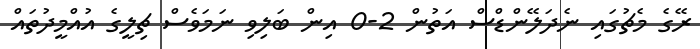
ރޭގެ މެޗުގައި ނެދަލޭންޑްސް އަތުން 2-0 އިން ބަލިވި ނަމަވެސް ޗިލީގެ އުއްމީދުތައް